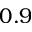
0 . 9